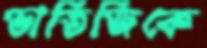
ভাতিজিকে